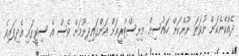
ދެއްކޭނެކަން ނުވަތަ ނޫންކަން ހައުސިން މިނިސްޓްރީއަށް އަންގައިދިނުމަށް ވެސް އެ ސިޓީގައި އެދިފައިވެ